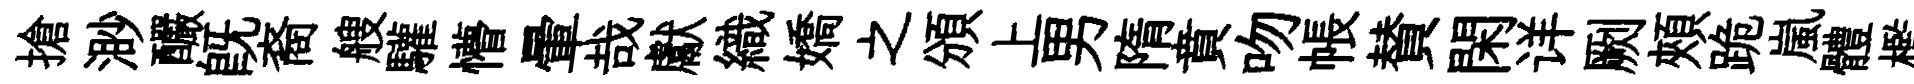
搶渺釅既裔艘驩懵暈哉獻織嬌之頒上男隋賁吻帳賛閑详劂頰跪嵐體檻